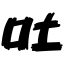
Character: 吐